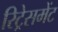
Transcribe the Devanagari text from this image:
रिट्रेसमेंट